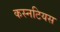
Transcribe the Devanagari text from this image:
कस्नटियस